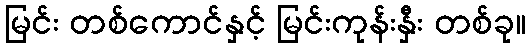
မြင်း တစ်ကောင်နှင့် မြင်းကုန်းနှီး တစ်ခု။